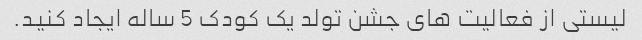
لیستی از فعالیت های جشن تولد یک کودک 5 ساله ایجاد کنید.